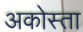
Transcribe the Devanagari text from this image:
अकोस्ता